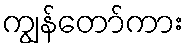
ကျွန်တော်ကား